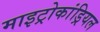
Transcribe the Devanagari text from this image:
माइट्रोकांड्रियल